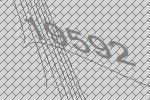
19592